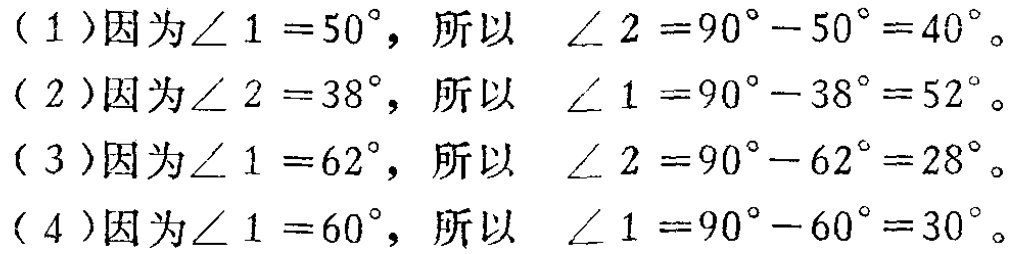
（1）因为\(\angle 1 = 50^{\circ}\)，所以 \(\angle 2 = 90^{\circ}-50^{\circ}=40^{\circ}\)。
（2）因为\(\angle 2 = 38^{\circ}\)，所以 \(\angle 1 = 90^{\circ}-38^{\circ}=52^{\circ}\)。
（3）因为\(\angle 1 = 62^{\circ}\)，所以 \(\angle 2 = 90^{\circ}-62^{\circ}=28^{\circ}\)。
（4）因为\(\angle 1 = 60^{\circ}\)，所以 \(\angle 1 = 90^{\circ}-60^{\circ}=30^{\circ}\)。